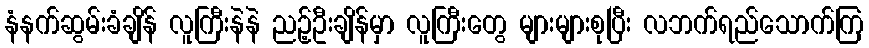
နံနက်ဆွမ်းခံချိန် လူကြီးနဲနဲ ညဉ့်ဦးချိန်မှာ လူကြီးတွေ များများစုပြီး လဘက်ရည်သောက်ကြ